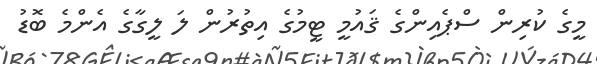
މީގެ ކުރިން ސްޕެއިންގެ ޤައުމީ ޓީމުގެ އިތުރުން ލަ ލީގާގެ އެންމެ ބޮޑު